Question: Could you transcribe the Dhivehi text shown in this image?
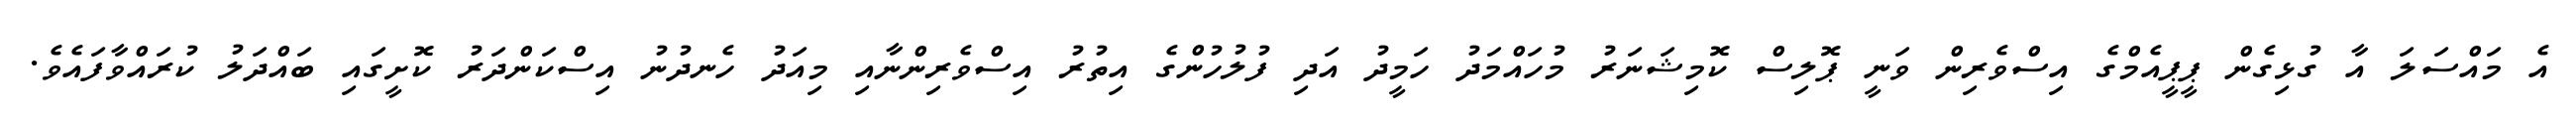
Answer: އެ މައްސަލަ އާ ގުޅިގެން ޕީޕީއެމްގެ އިސްވެރިން ވަނީ ޕޮލިސް ކޮމިޝަނަރު މުހައްމަދު ހަމީދު އަދި ފުލުހުންގެ އިތުރު އިސްވެރިންނާއި މިއަދު ހެނދުނު އިސްކަންދަރު ކޮށީގައި ބައްދަލު ކުރައްވާފައެވެ.